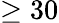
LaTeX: \geq 30